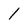
Character: 1